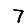
Digit: 7